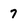
Character: 7